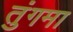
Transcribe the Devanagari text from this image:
तुंगमा